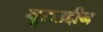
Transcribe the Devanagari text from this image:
नूरुउद्दीन